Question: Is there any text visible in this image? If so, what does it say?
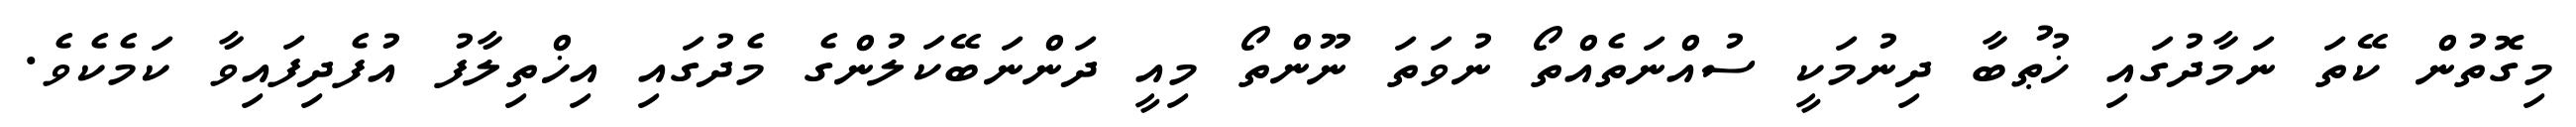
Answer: މިގޮތުން ކޭތަ ނަމާދުގައި ޚުޠުބާ ދިނުމަކީ ސުއްނަތެއްތޯ ނުވަތަ ނޫންތޯ މިއީ ދަންނަބޭކަލުންގެ މެދުގައި އިޚްތިލާފު އުފެދިފައިވާ ކަމެކެވެ.